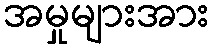
အမှုများအား